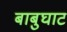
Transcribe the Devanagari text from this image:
बाबुघाट